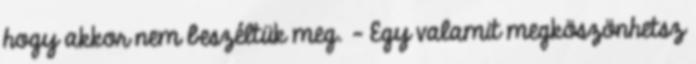
hogy akkor nem beszéltük meg. - Egy valamit megköszönhetsz